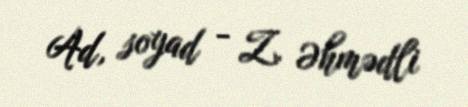
Ad, soyad - Z. Əhmədli